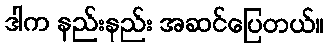
ဒါက နည်းနည်း အဆင်ပြေတယ်။